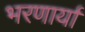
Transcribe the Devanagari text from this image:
भरणार्या